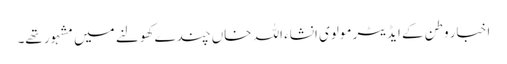
اخبار وطن کے ایڈیٹر مولوی انشاء اللہ خاں چندے کھولنے میں مشہور تھے۔